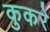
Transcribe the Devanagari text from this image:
कुकरे